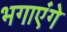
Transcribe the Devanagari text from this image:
भगाएंगे